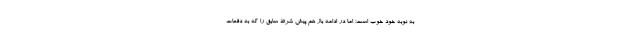
به نوبه خود خوب است؛ اما در ادامه باز هم پیش شرط سابق را که به دفعات